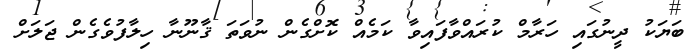
ބަޔަކު ދީނުގައި ހަރާމް ކުރައްވާފައިވާ ކަމެއް ކޮށްގެން ނުވަތަ ޤާނޫނާ ހިލާފުވެގެން ޖަލަށް